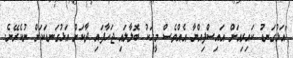
"އަޅުގަނޑު ކައިރިއަށް އައިސްފިއްޔާ އެއްވެސް މީހަކު ބޮލާލައި ޖަހާފައި ދާކަށް އަޅުގަނޑަކަށް ނުކެރޭނެ.